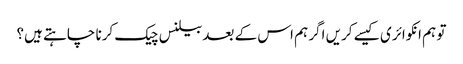
تو ہم انکوائری کیسے کریں اگر ہم اس کے بعد بیلنس چیک کرنا چاہتے ہیں؟